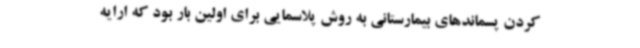
کردن پسماندهای بیمارستانی به روش پلاسمایی برای اولین بار بود که ارایه